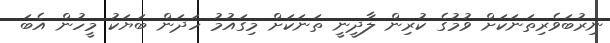
ނިރުބަވެރިތަނަކަށް ވުމުގެ ކުރިން ލާދީނީ ތަނަކަށް މިގައުމު ހަދަން ބަޔަކު މީހުން އެބަ